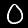
Digit: 0